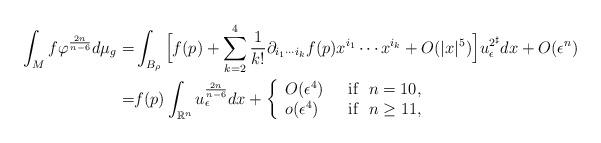
LaTeX: \begin{align*}\int_M f \varphi^{\frac{2n}{n-6}}d\mu_g=&\int_{B_\rho}\Big[f(p)+\sum_{k=2}^4\frac{1}{k!}\partial_{i_1\cdots i_k}f(p)x^{i_1}\cdots x^{i_k}+O(|x|^5)\Big]u_\epsilon^{2^\sharp}dx+O(\epsilon^n)\\=&f(p)\int_{\mathbb{R}^n}u_\epsilon^{\frac{2n}{n-6}}dx+\left \{\begin{array}{ll}O(\epsilon^4) &\hbox{~~if~~} n=10,\\o(\epsilon^4) &\hbox{~~if~~} n \geq 11,\end{array}\right.\end{align*}